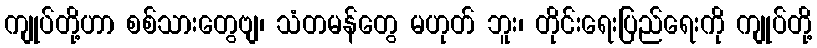
ကျုပ်တို့ဟာ စစ်သားတွေဗျ၊ သံတမန်တွေ မဟုတ် ဘူး၊ တိုင်းရေးပြည်ရေးကို ကျုပ်တို့